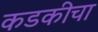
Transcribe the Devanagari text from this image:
कडकीचा